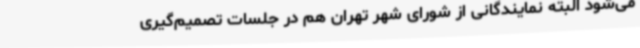
می‌شود البته نمایندگانی از شورای شهر تهران هم در جلسات تصمیم‌گیری